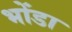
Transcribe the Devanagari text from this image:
भोंडा